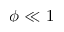
\phi \ll 1